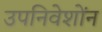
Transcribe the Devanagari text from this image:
उपनिवेशोंन